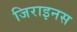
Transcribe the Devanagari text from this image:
जिराइनस